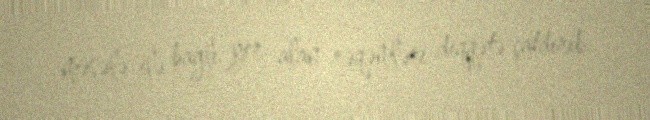
məsələ ilə bağlı yer alan rəqəmləri diqqətə çatdırıb.